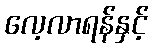
လေ့လာရန်နှင့်